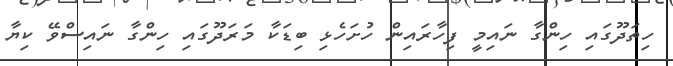
ހިތަދޫގައި ހިންގާ ނައިމީ ފިހާރައިން ހުށަހެޅި ބިޑަކާ މަރަދޫގައި ހިންގާ ނައިސްވޭ ކިޔާ